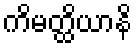
ကိမတ္ထိယာနိ